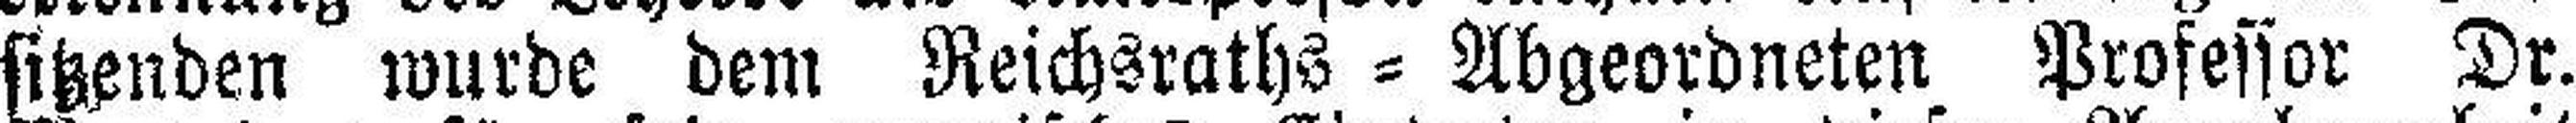
sitzenden wurde dem Reichsraths=Abgeordneten Professor Dr.